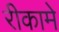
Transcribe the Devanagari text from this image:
रीकामे